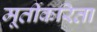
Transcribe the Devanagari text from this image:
मूर्तीकरिता